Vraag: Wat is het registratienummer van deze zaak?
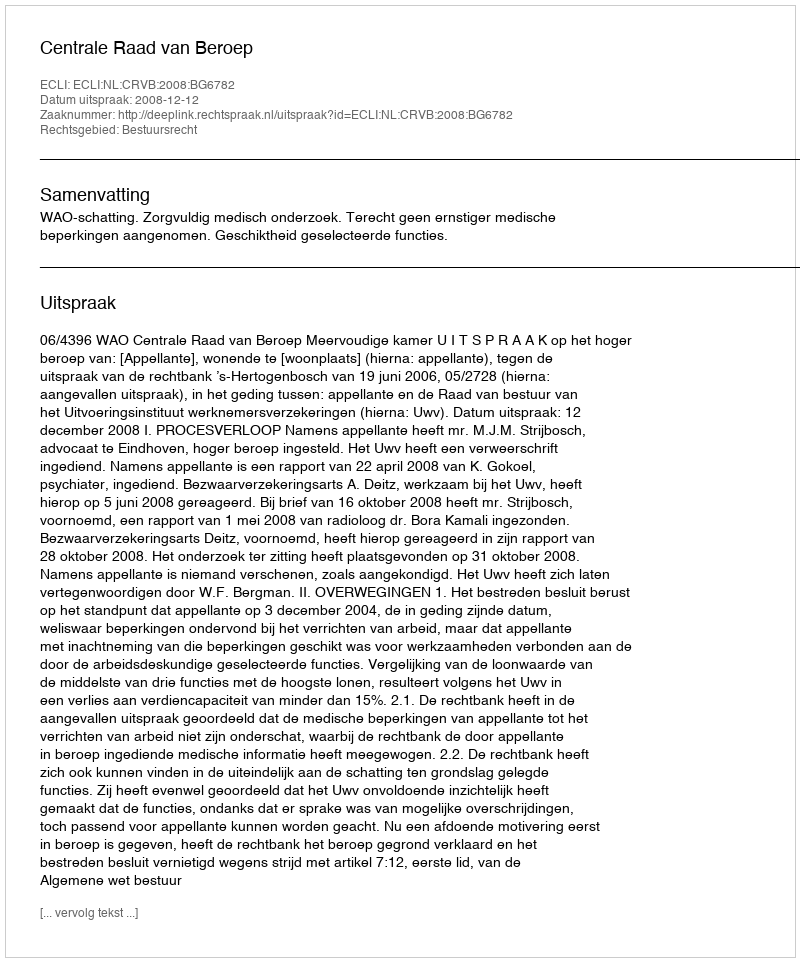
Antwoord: http://deeplink.rechtspraak.nl/uitspraak?id=ECLI:NL:CRVB:2008:BG6782